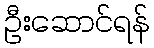
ဦးဆောင်ရန်